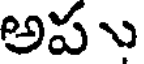
అపు